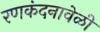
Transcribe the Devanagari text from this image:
रणकंदनावेळी